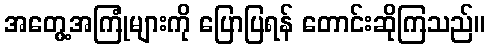
အတွေ့အကြုံများကို ပြောပြရန် တောင်းဆိုကြသည်။